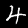
Label: 4